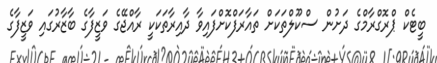
ބީޓެކް ޕްރޮގްރާމްގެ ދަށުން ސްކޫލްތަކަށް ތައާރަފްކޮށްފައިވާ ދާއިރާތަކަކީ ރާއްޖޭގެ ވަޒީފާގެ ބާޒާރުގައި ވަޒީފާގެ